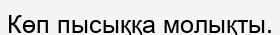
Көп пысыққа молықты.